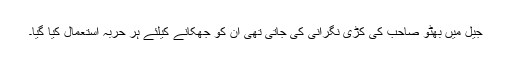
جیل میں بھٹو صاحب کی کڑی نگرانی کی جاتی تھی ان کو جھکانے کیلئے ہر حربہ استعمال کیا گیا۔